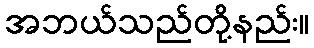
အဘယ်သည်တို့နည်း။